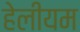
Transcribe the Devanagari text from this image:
हेलीयम